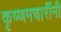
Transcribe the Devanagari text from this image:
कृष्णमचारींनी